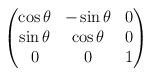
LaTeX: \begin{align*}\begin{pmatrix}\cos \theta & -\sin \theta & 0 \\ \sin \theta & \cos \theta & 0 \\ 0 & 0 & 1\end{pmatrix}\end{align*}